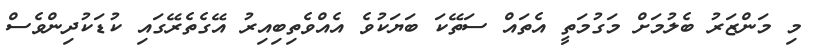
މި މަންޒަރު ބެލުމަށް މަގުމަތީ އެތައް ސަތޭކަ ބަޔަކުވެ އެއްވެތިބިއިރު އޭގެތެރޭގައި ކުޑަކުދިންވެސް